Leaving Certificate Examination, 1923
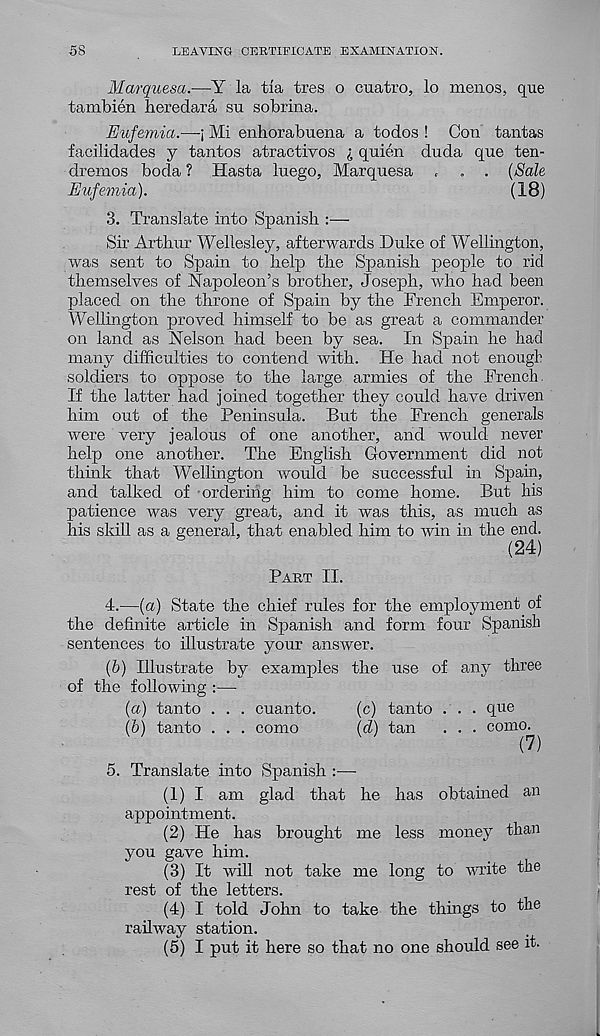
58
LEAVING CERTIFICATE EXAMINATION.
Marquesa.-—Y la tia tres o cuatro, lo menos, que
tambien heredara su sobrina.
Eufemia.—-j Mi enhorabuena a todos ! Con tantas
facilidades y tantos atractivos quien duda qne ten-
dremos boda ? Hasta luego, Marqnesa , „ . (Sale
Eufemia).
(18)
3. Translate into Spanish :—
Sir Arthur Wellesley, afterwards Duke of Wellington,
was sent to Spain to help the Spanish people to rid
themselves of Napoleon’s brother, Joseph, who had been
placed on the throne of Spain by the French Emperor.
Wellington proved himself to be as great a commander
on land as Nelson had been by sea. In Spain he had
many difficulties to contend with. He had not enough
soldiers to oppose to the large armies of the French.
If the latter had joined together they could have driven
him out of the Peninsula. But the French generals
were very jealous of one another, and would never
help one another. The English Government did not
think that Wellington would be successful in Spain,
and talked of ordering him to come home. But his
patience was very great, and it was this, as much as
his skill as a general, that enabled him to win in the end.
(24)
Part II.
4.
—(a) State the chief rules fo
the definite article in Spanish and form four Spanish
sentences to illustrate your answer.
(b) Illustrate by examples the use of any three
of the following :—
(а) tanto . . . cuanto.
(c) tanto . . . qne
(б) tanto . . . como
(d) tan
. . . como.
(7)
5. Translate into Spanish :—
(1) I am glad that he has obtained an
appointment.
(2) He has brought me less money than
you gave him.
(3) It will not take me long to write the
rest of the letters.
(4) I told John to take the things to the
railway station.
(5) I put it here so that no one should see it.